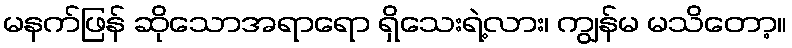
မနက်ဖြန် ဆိုသောအရာရော ရှိသေးရဲ့လား၊ ကျွန်မ မသိတော့။